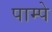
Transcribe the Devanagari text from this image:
पाम्पे